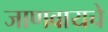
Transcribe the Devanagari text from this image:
जाणवायचे